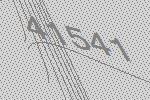
41541